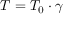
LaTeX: T = T _ { 0 } \cdot \gamma